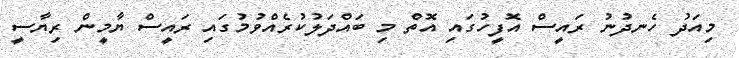
މިއަދު ހެނދުނު ރައީސް އޮފީހުގައި އޮތް މި ބައްދަލުކުރެއްވުމުގައި ރައީސް ޔާމީން ރިޔާސީ